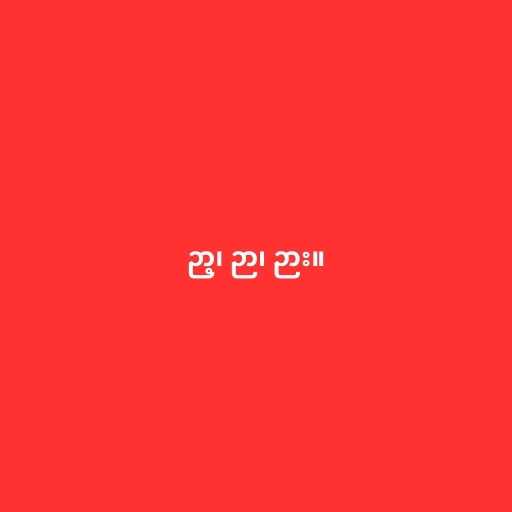
ဉာ့၊ ဉာ၊ ဉား။